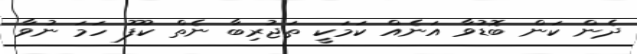
ދެން ކަން ބޮޑުވާ އަނެއް ކަމަކީ ތަޖުރިބާ ނެތް ކުފޫ ހަމަ ނުވާ